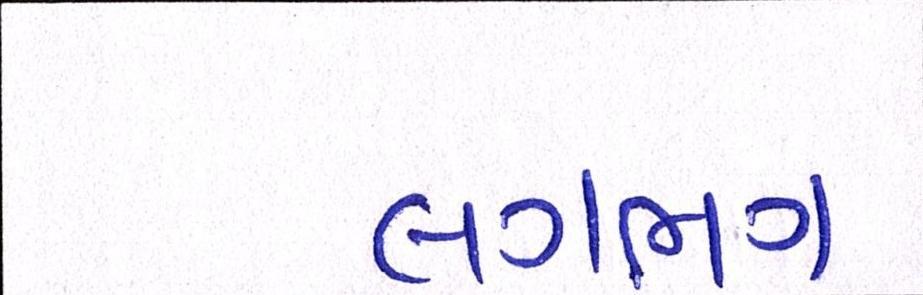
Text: લગભગ